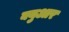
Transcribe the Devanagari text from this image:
क्युआर